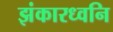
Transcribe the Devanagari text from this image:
झंकारध्वनि